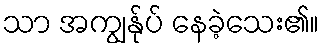
သာ အကျွန်ုပ် နေခဲ့သေး၏။